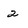
Character: 2